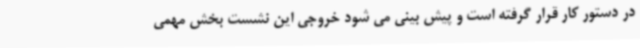
در دستور کار قرار گرفته است و پیش بینی می شود خروجی این نشست بخش مهمی